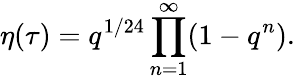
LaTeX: \eta(\tau)=q^{1/24}\prod_{n=1}^{\infty}(1-q^{n}).